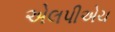
એલપીએચ